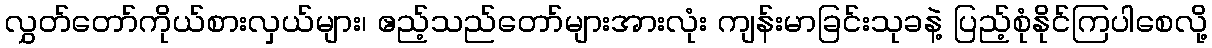
လွှတ်တော်ကိုယ်စားလှယ်များ၊ ဧည့်သည်တော်များအားလုံး ကျန်းမာခြင်းသုခနဲ့ ပြည့်စုံနိုင်ကြပါစေလို့